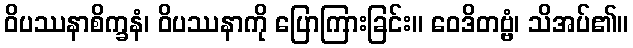
ဝိပဿနာစိက္ခနံ၊ ဝိပဿနာကို ပြောကြားခြင်း။ ဝေဒိတဗ္ဗံ၊ သိအပ်၏။